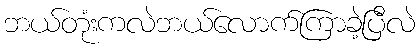
ဘယ်တုံးကလဲဘယ်လောက်ကြာခဲ့ပြီလဲ